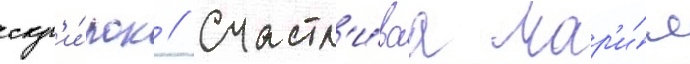
скр'и́пок // Счастл'и́ваа мар'и́я